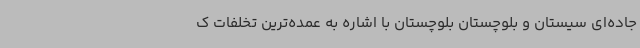
جاده‌ای سیستان و بلوچستان بلوچستان با اشاره به عمده‌ترین تخلفات ک